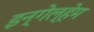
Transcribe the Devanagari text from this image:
इन्गेल्हेम